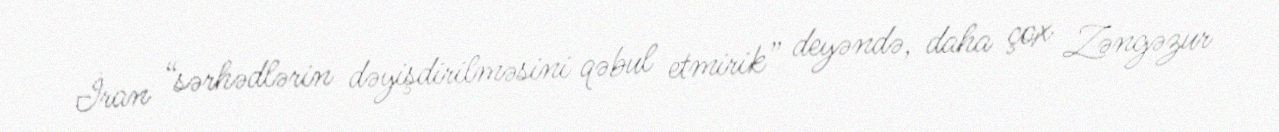
İran “sərhədlərin dəyişdirilməsini qəbul etmirik” deyəndə, daha çox Zəngəzur